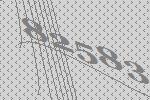
82583